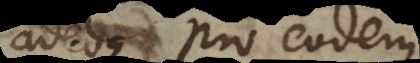
adeoque pro eodem